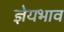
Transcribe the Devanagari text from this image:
ज्ञेयभाव